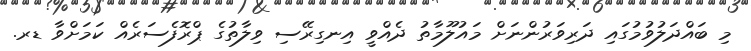
މި ބައްދަލުވުމުގައި ދަރިވަރުންނަށް މައުލޫމާތު ދެއްވީ އިނގިރޭސި ވިލާތުގެ ޕްރޮފެސަރެއް ކަމަށްވާ ޑރ.